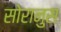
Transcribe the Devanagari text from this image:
सोरानुस